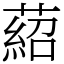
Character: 𦹄